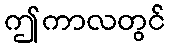
ဤကာလတွင်